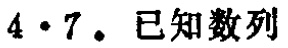
$4 \cdot 7$. 已知数列